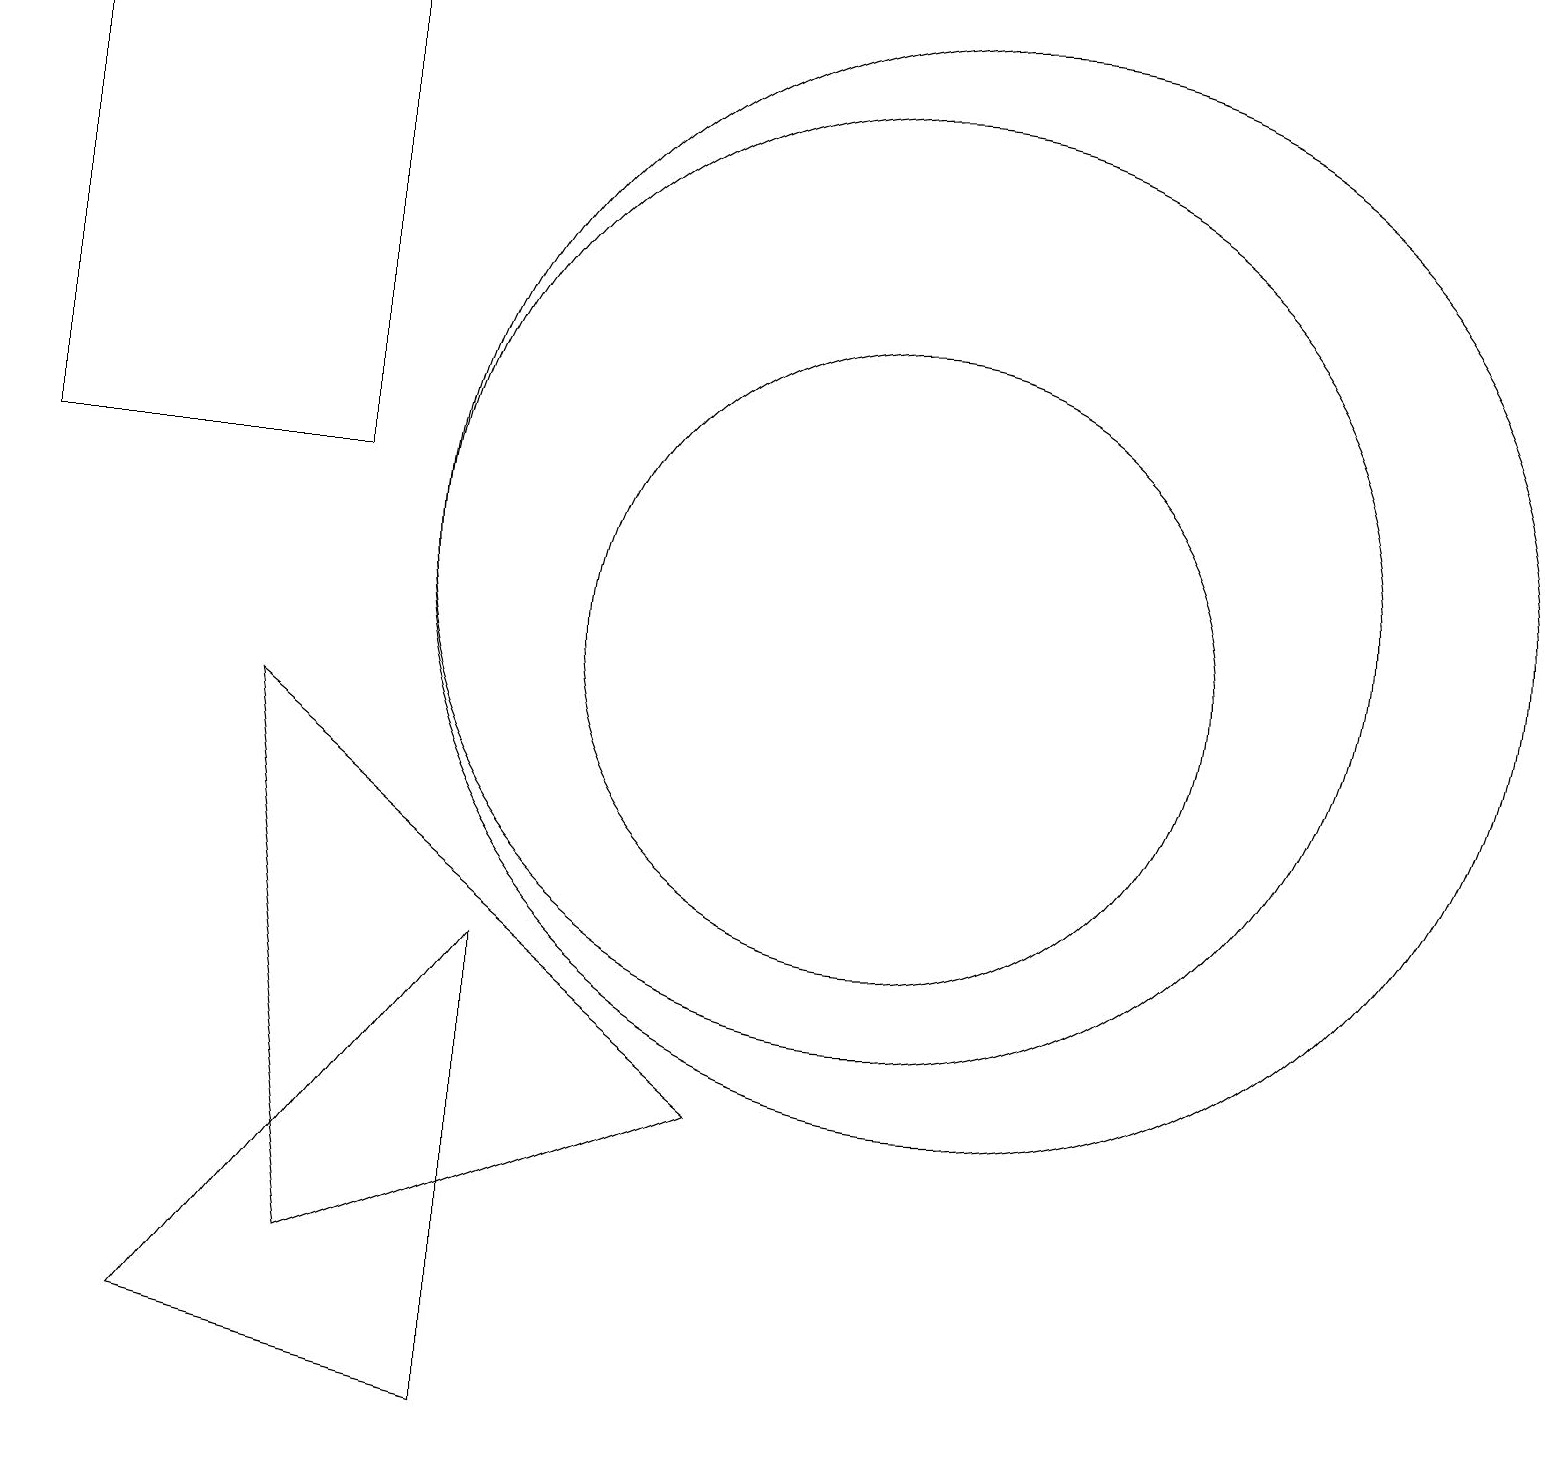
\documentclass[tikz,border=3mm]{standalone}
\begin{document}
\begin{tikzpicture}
\draw (11,11) circle (6);
\draw (2,1) -- (6,6) -- (6,0) -- cycle;
\draw (9,4) -- (4,2) -- (3,9) -- cycle;
\draw (11,10) circle (4);
\draw (12,11) circle (7);
\draw (4,18) rectangle (0,12);
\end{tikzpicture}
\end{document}